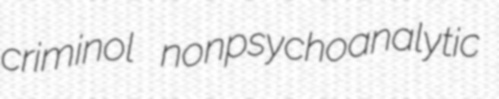
criminol nonpsychoanalytic